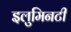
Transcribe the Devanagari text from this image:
इलुमिनटी